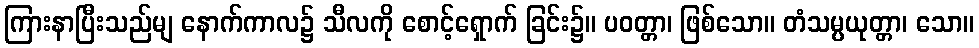
ကြားနာပြီးသည်မျ နောက်ကာလ၌ သီလကို စောင့်ရှောက် ခြင်း၌။ ပဝတ္တာ၊ ဖြစ်သော။ တံသမ္ပယုတ္တာ၊ သော။